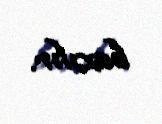
baxılır.